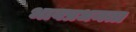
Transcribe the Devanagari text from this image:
भावप्रधनता